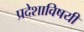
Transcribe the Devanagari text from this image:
प्रदेशाविषयी